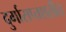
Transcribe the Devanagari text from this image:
दुर्गासप्तशतीत